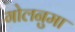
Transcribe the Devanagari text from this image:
गोलनुमा